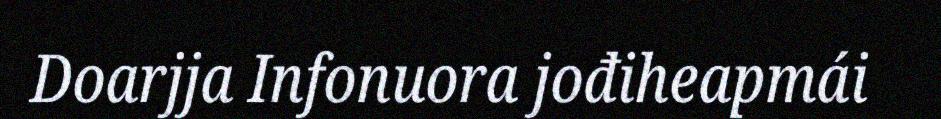
Doarjja Infonuora jođiheapmái